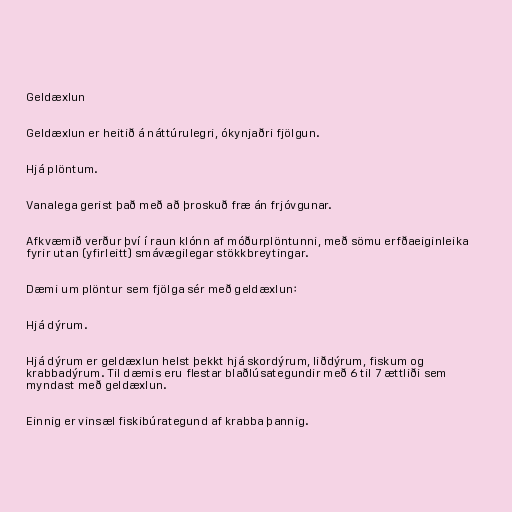
Geldæxlun

Geldæxlun er heitið á náttúrulegri, ókynjaðri fjölgun.

Hjá plöntum.

Vanalega gerist það með að þroskuð fræ án frjóvgunar.

Afkvæmið verður því í raun klónn af móðurplöntunni, með sömu erfðaeiginleika
fyrir utan (yfirleitt) smávægilegar stökkbreytingar.

Dæmi um plöntur sem fjölga sér með geldæxlun:

Hjá dýrum.

Hjá dýrum er geldæxlun helst þekkt hjá skordýrum, liðdýrum, fiskum og
krabbadýrum. Til dæmis eru flestar blaðlúsategundir með 6 til 7 ættliði sem
myndast með geldæxlun.

Einnig er vinsæl fiskibúrategund af krabba þannig.